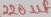
Text: 220µF